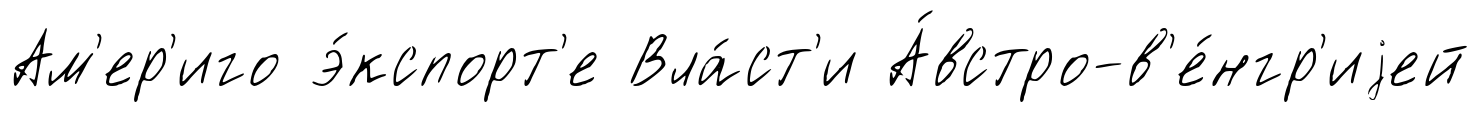
Ам'ер'иго э́кспорт'е Вла́ст'и А́встро-в'е́нгр'иjей